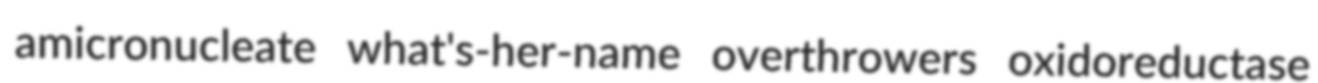
amicronucleate what's-her-name overthrowers oxidoreductase